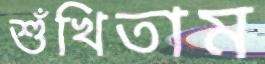
শুঁখিতাম